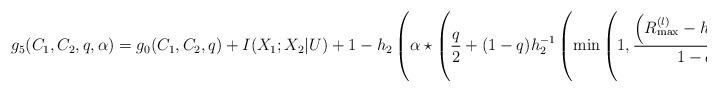
LaTeX: \begin{align*}g_5(C_1,C_2,q,\alpha)&=g_0(C_1,C_2,q)+I(X_1;X_2|U)+1-h_2\left(\alpha\star\left(\frac{q}{2}+(1-q)h_2^{-1}\left(\min\left(1,\frac{\left(R_{\max}^{(l)}-h_2(q)\right)^+}{1-q}\right)\right)\right)\right)\end{align*}